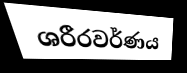
ශරීරවර්ණය